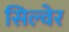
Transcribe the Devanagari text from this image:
सिल्वेर